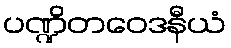
ပဏ္ဍိတဝေဒနီယံ